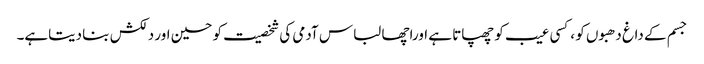
جسم کے داغ دھبوں کو ،کسی عیب کو چھپاتا ہے اوراچھا لباس آدمی کی شخصیت کو حسین اور دلکش بنا دیتاہے۔